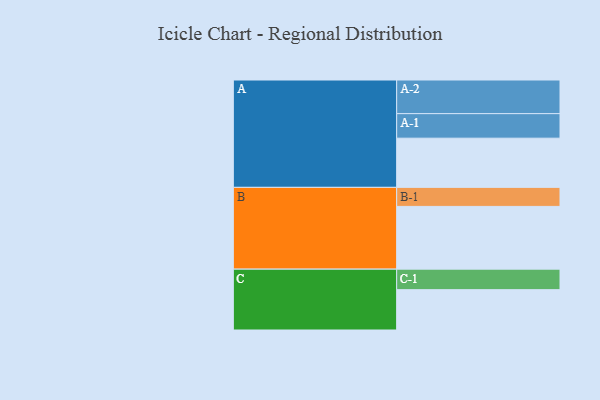
{"axis": {"x": "Segment", "y": "Value"}, "legend": ["", "A", "B", "C"], "data": [{"x": "A", "y": 367, "type": ""}, {"x": "B", "y": 468, "type": ""}, {"x": "C", "y": 301, "type": ""}, {"x": "A-1", "y": 183, "type": "A"}, {"x": "A-2", "y": 251, "type": "A"}, {"x": "B-1", "y": 142, "type": "B"}, {"x": "C-1", "y": 153, "type": "C"}]}